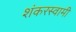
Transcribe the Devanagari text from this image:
शंकरस्वामी